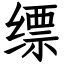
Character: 缥